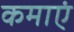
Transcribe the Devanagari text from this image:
कमाएं